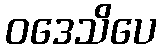
ဝဒေသိပေ